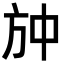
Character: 𭤫